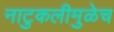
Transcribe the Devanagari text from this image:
नाटुकलीमुळेच